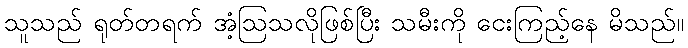
သူသည် ရုတ်တရက် အံ့ဩသလိုဖြစ်ပြီး သမီးကို ငေးကြည့်နေ မိသည်။